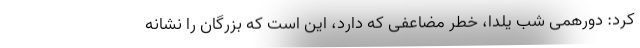
کرد: دورهمی شب یلدا، خطر مضاعفی که دارد، این است که بزرگان را نشانه